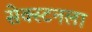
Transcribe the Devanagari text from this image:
सेक्स्टनला